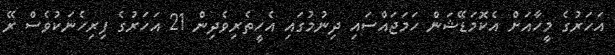
އަހަރުގެ މީހާއަށް އެކޮމަޑޭޝަން ހަމަޖައްސައި ދިނުމުގައި އެހީތެރިވެދިން 21 އަހަރުގެ ފިރިހެނަކުވެސް ރޭ